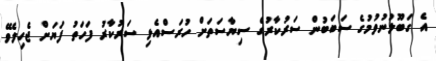
އެ ގަބޫލުނުވުމުގެ ސަބަބުން ސަރުކާރުގެ ސިޔާސަތަށް ހުރަސްއެޅި ސަރުކާރު ފަހަތު ފަޔަށް ޖެހިލެވޭ